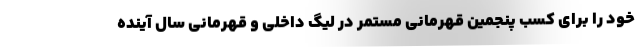
خود را برای کسب پنجمین قهرمانی مستمر در لیگ داخلی و قهرمانی سال آینده